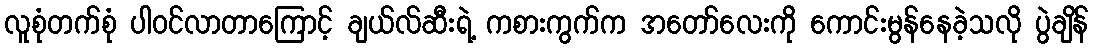
လူစုံတက်စုံ ပါဝင်လာတာကြောင့် ချယ်လ်ဆီးရဲ့ ကစားကွက်က အတော်လေးကို ကောင်းမွန်နေခဲ့သလို ပွဲချိန်